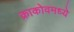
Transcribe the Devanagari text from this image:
क्राकोवमध्ये